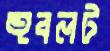
হুবলট